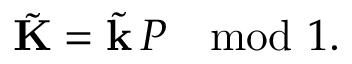
\tilde { \mathbf { K } } = \tilde { \mathbf { k } } \, P \mod 1 .